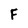
Character: F